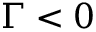
\Gamma < 0